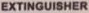
EXTINGUISHER